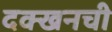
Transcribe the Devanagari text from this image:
दक्खनची